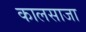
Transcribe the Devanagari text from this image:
कालसाजा